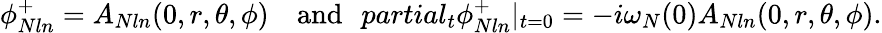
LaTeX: \phi_{Nln}^{+}=A_{Nln}(0,r,\theta,\phi)\ \ \ \ \mathrm{and}\ \ \, partial_{t}\phi_{Nln}^{+}|_{t=0}=-i\omega_{N}(0)A_{Nln}(0,r,\theta,\phi).